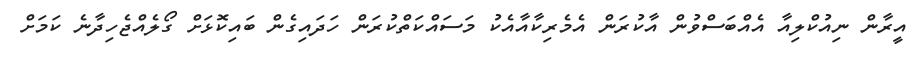
އީރާން ނިއުކްލިއާ އެއްބަސްވުން އާކުރަން އެމެރިކާއާއެކު މަސައްކަތްކުރަން ހަދައިގެން ބައިކޮޅަށް ގޯލެއްޖެހިދާނެ ކަމަށް